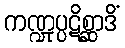
ကဏ္ဍုပ္ပဋိစ္ဆာဒိံ